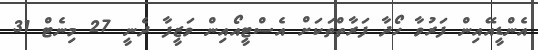
އެންޑީއޭއިން ފަރުވާ ހޯދާ ފަރާތްތަކަށް އެސްޓީއޯއިން ވަޒީފާ ދެނީ 27 މިނެޓް 31